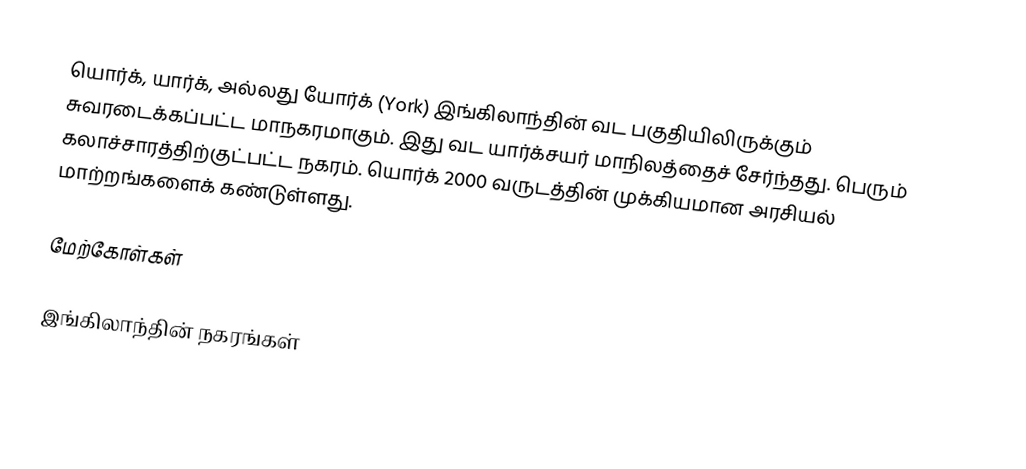
யொர்க், யார்க், அல்லது யோர்க் (York) இங்கிலாந்தின் வட பகுதியிலிருக்கும் சுவரடைக்கப்பட்ட மாநகரமாகும். இது வட யார்க்சயர் மாநிலத்தைச் சேர்ந்தது. பெரும் கலாச்சாரத்திற்குட்பட்ட நகரம். யொர்க் 2000 வருடத்தின் முக்கியமான அரசியல் மாற்றங்களைக் கண்டுள்ளது.

மேற்கோள்கள்

இங்கிலாந்தின் நகரங்கள்